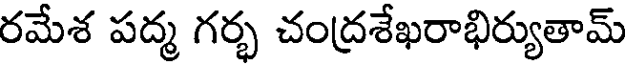
రమేశ పద్మ గర్భ చంద్రశేఖరాభిర్యుతామ్